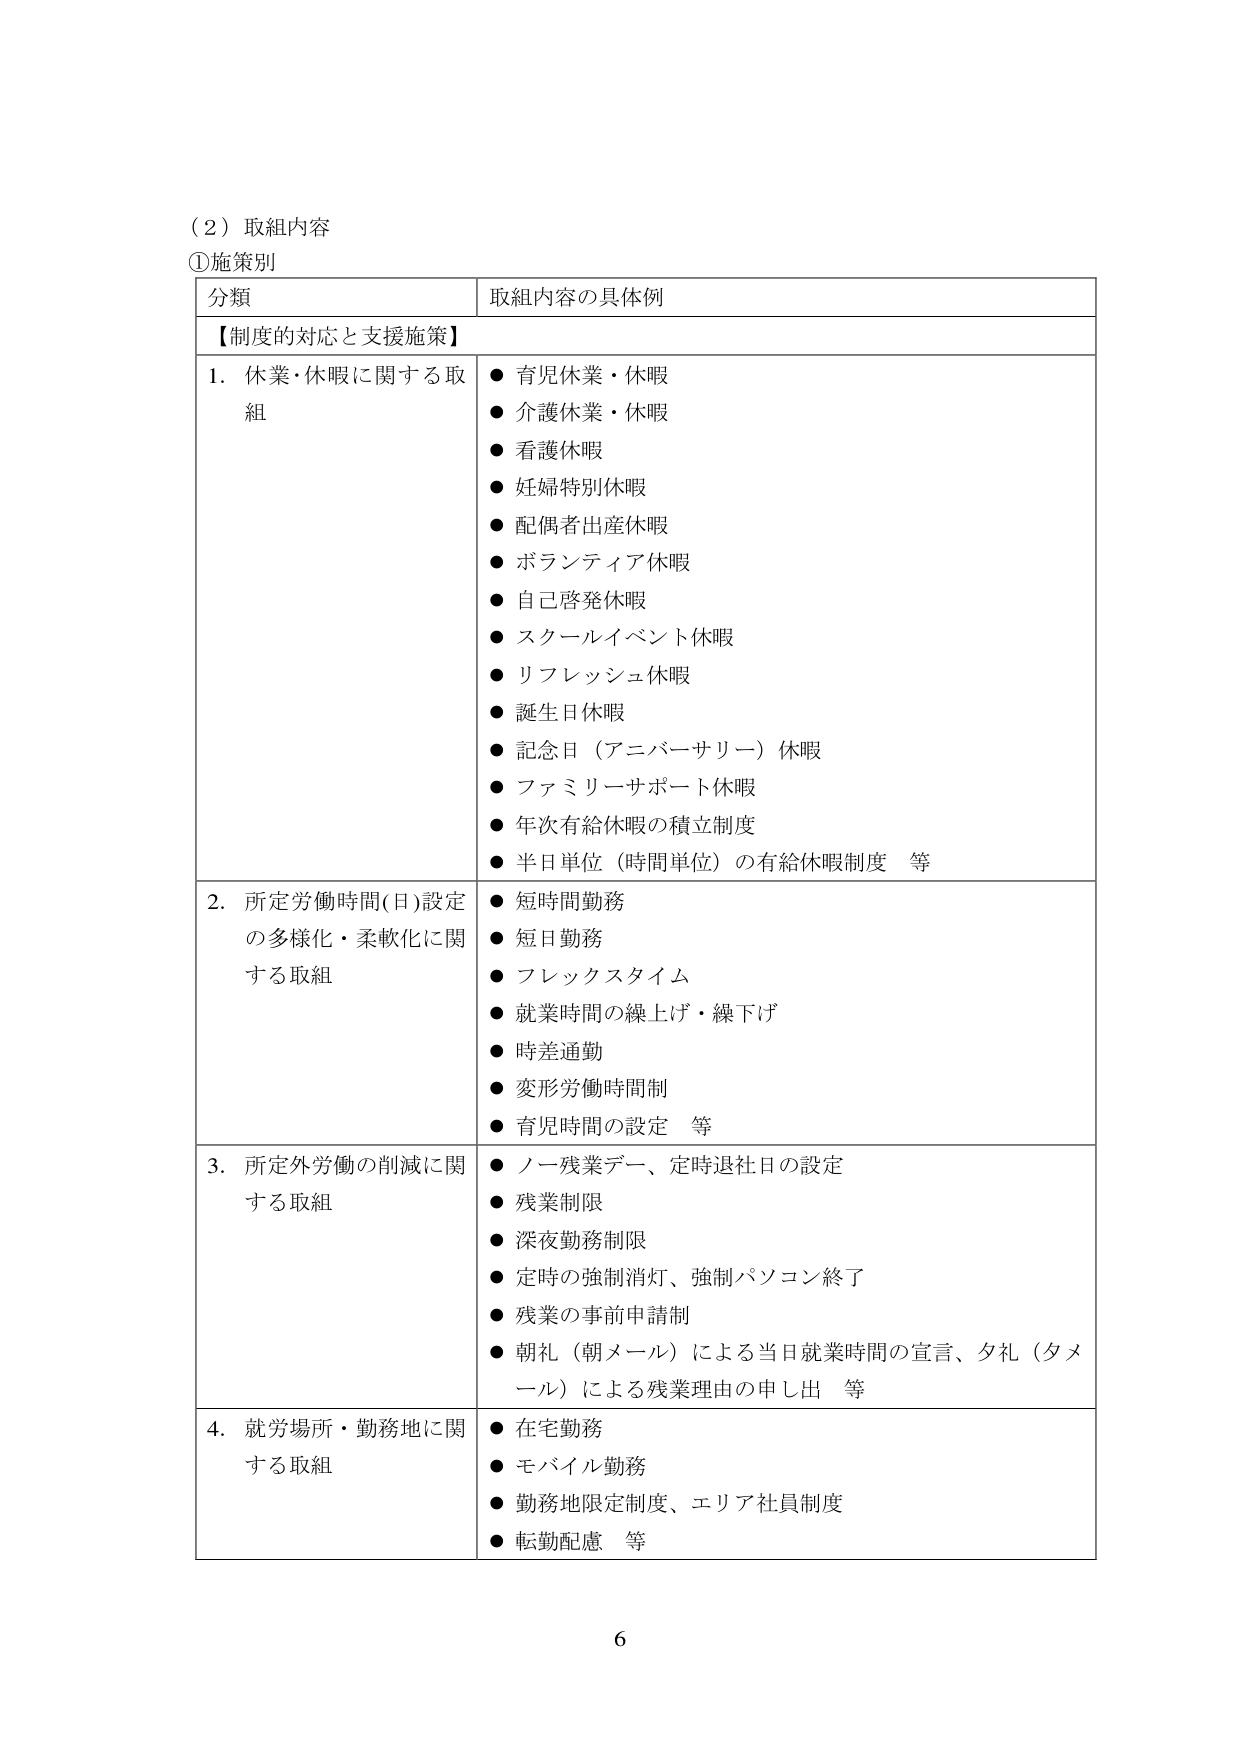
（２）取組内容
①施策別

分類